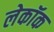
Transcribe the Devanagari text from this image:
लेकॉक